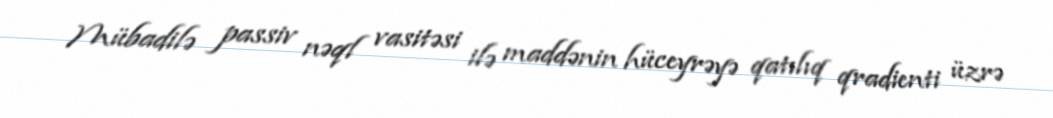
Mübadilə passiv nəql vasitəsi ilə maddənin hüceyrəyə qatılıq qradienti üzrə